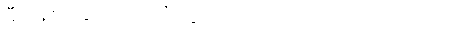
မီးပန်းတွေ ဖောက်ပြီး ပွဲ ကို အဆုံးသတ်လိုက်ပါတယ်။